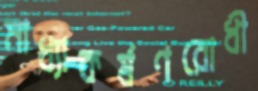
মাধ্যাকর্ষণরোধী